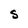
Character: S